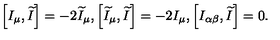
\left[ I _ { \mu } , \widetilde { I } \right] = - 2 \widetilde { I } _ { \mu } , \left[ \widetilde { I } _ { \mu } , \widetilde { I } \right] = - 2 I _ { \mu } , \left[ I _ { \alpha \beta } , \widetilde { I } \right] = 0 .